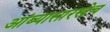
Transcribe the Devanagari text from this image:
आंब्यासारखेच